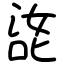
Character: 㖳